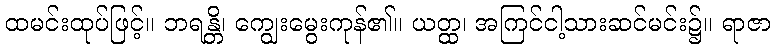
ထမင်းထုပ်ဖြင့်။ ဘရန္တိ၊ ကျွေးမွေးကုန်၏။ ယတ္ထ၊ အကြင်ငါ့သားဆင်မင်း၌။ ရာဇာ